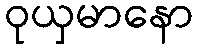
ဝုယှမာနော